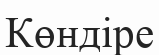
Көндіре